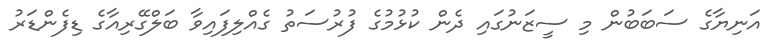
އަނިޔާގެ ސަބަބުން މި ސީޒަނުގައި ދެން ކުޅުމުގެ ފުރުސަތު ގެއްލިފައިވާ ބަލްގޭރިއާގެ ޑިފެންޑަރު